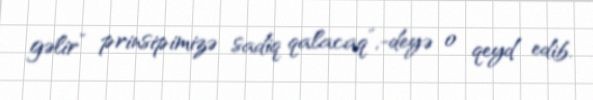
gəlir” prinsipimizə sadiq qalacaq”,-deyə o qeyd edib.